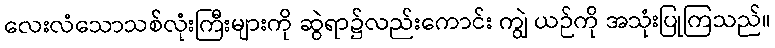
လေးလံသောသစ်လုံးကြီးများကို ဆွဲရာ၌လည်းကောင်း ကျွဲ ယဉ်ကို အသုံးပြုကြသည်။